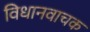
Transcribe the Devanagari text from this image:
विधानवाचक